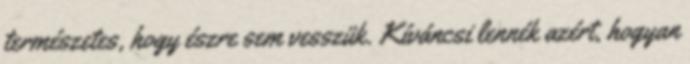
természetes, hogy észre sem vesszük. Kíváncsi lennék azért, hogyan